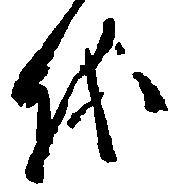
儀